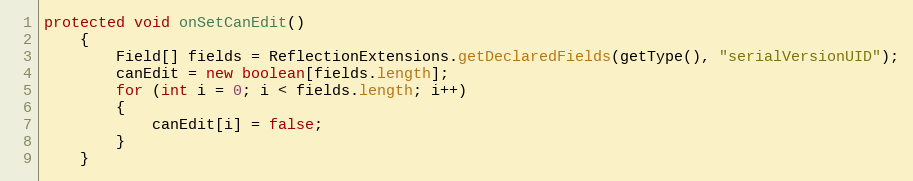
Language: Java
protected void onSetCanEdit()
	{
		Field[] fields = ReflectionExtensions.getDeclaredFields(getType(), "serialVersionUID");
		canEdit = new boolean[fields.length];
		for (int i = 0; i < fields.length; i++)
		{
			canEdit[i] = false;
		}
	}